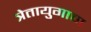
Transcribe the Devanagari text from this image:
त्रेतायुगाचा